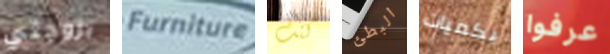
بزوجتي Furniture كنت البطئ بكميات عرفوا